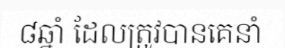
៨ឆ្នាំ ដែលត្រូវបានគេនាំ